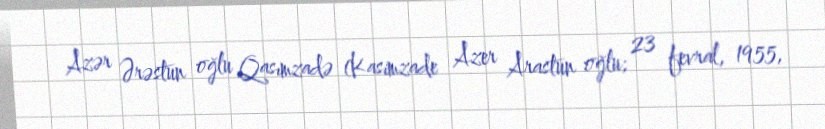
Azər Ərəstun oğlu Qasımzadə (Kasimzade Azer Arastun oğlu; 23 fevral, 1955,